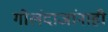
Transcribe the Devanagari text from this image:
गोलंदाजांनाही